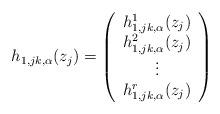
LaTeX: \begin{align*}h_{1, jk, \alpha}(z_j)=\left( \begin{array}{c} h_{1, jk, \alpha}^1(z_j) \\ h_{1, jk, \alpha}^2(z_j) \\\vdots \\h_{1, jk, \alpha}^r(z_j) \end{array} \right)\end{align*}